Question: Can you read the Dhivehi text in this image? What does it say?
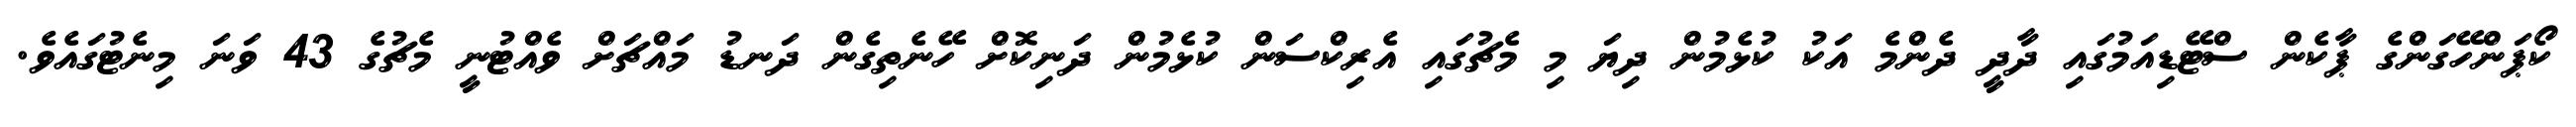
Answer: ކޯޕަންހޭގަންގެ ޕާކެން ސްޓޭޑިއަމުގައި ދާދީ ދެންމެ އަކު ކުޅެމުން ދިޔަ މި މެޗުގައި އެރިކްސަން ކުޅެމުން ދަނިކޮށް ހޭނެތިގެން ދަނޑު މައްޗަށް ވެއްޓުނީ މެޗުގެ 43 ވަނަ މިނެޓުގައެވެ.